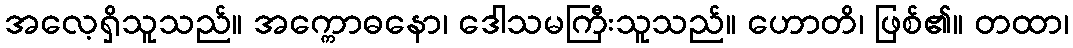
အလေ့ရှိသူသည်။ အက္ကောဓနော၊ ဒေါသမကြီးသူသည်။ ဟောတိ၊ ဖြစ်၏။ တထာ၊